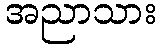
အညာသား